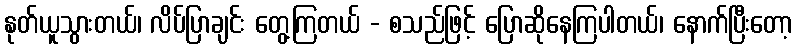
နုတ်ယူသွားတယ်၊ လိပ်ပြာချင်း တွေ့ကြတယ် - စသည်ဖြင့် ပြောဆိုနေကြပါတယ်၊ နောက်ပြီးတော့